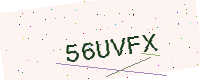
Text: 56UVFX